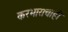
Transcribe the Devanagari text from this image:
करभाराचाही